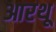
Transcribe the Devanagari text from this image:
आरथू